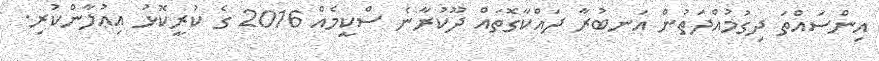
އިންސައްތަ ދިގުމުއްދަތުން އަނބުރާ ދައްކާގޮތައް ދޫކުރާނެ ސްކީމެއް 2016 ގެ ކުރީކޮޅު އިޢުލާންކުރި.